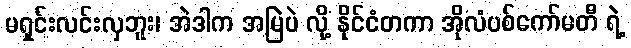
မရှင်းလင်းလှဘူး၊ အဲဒါက အမြဲပဲ လို့ နိုင်ငံတကာ အိုလံပစ်ကော်မတီ ရဲ့